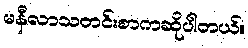
မနီလာသတင်းစာကဆိုပါတယ်။